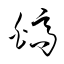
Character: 皜